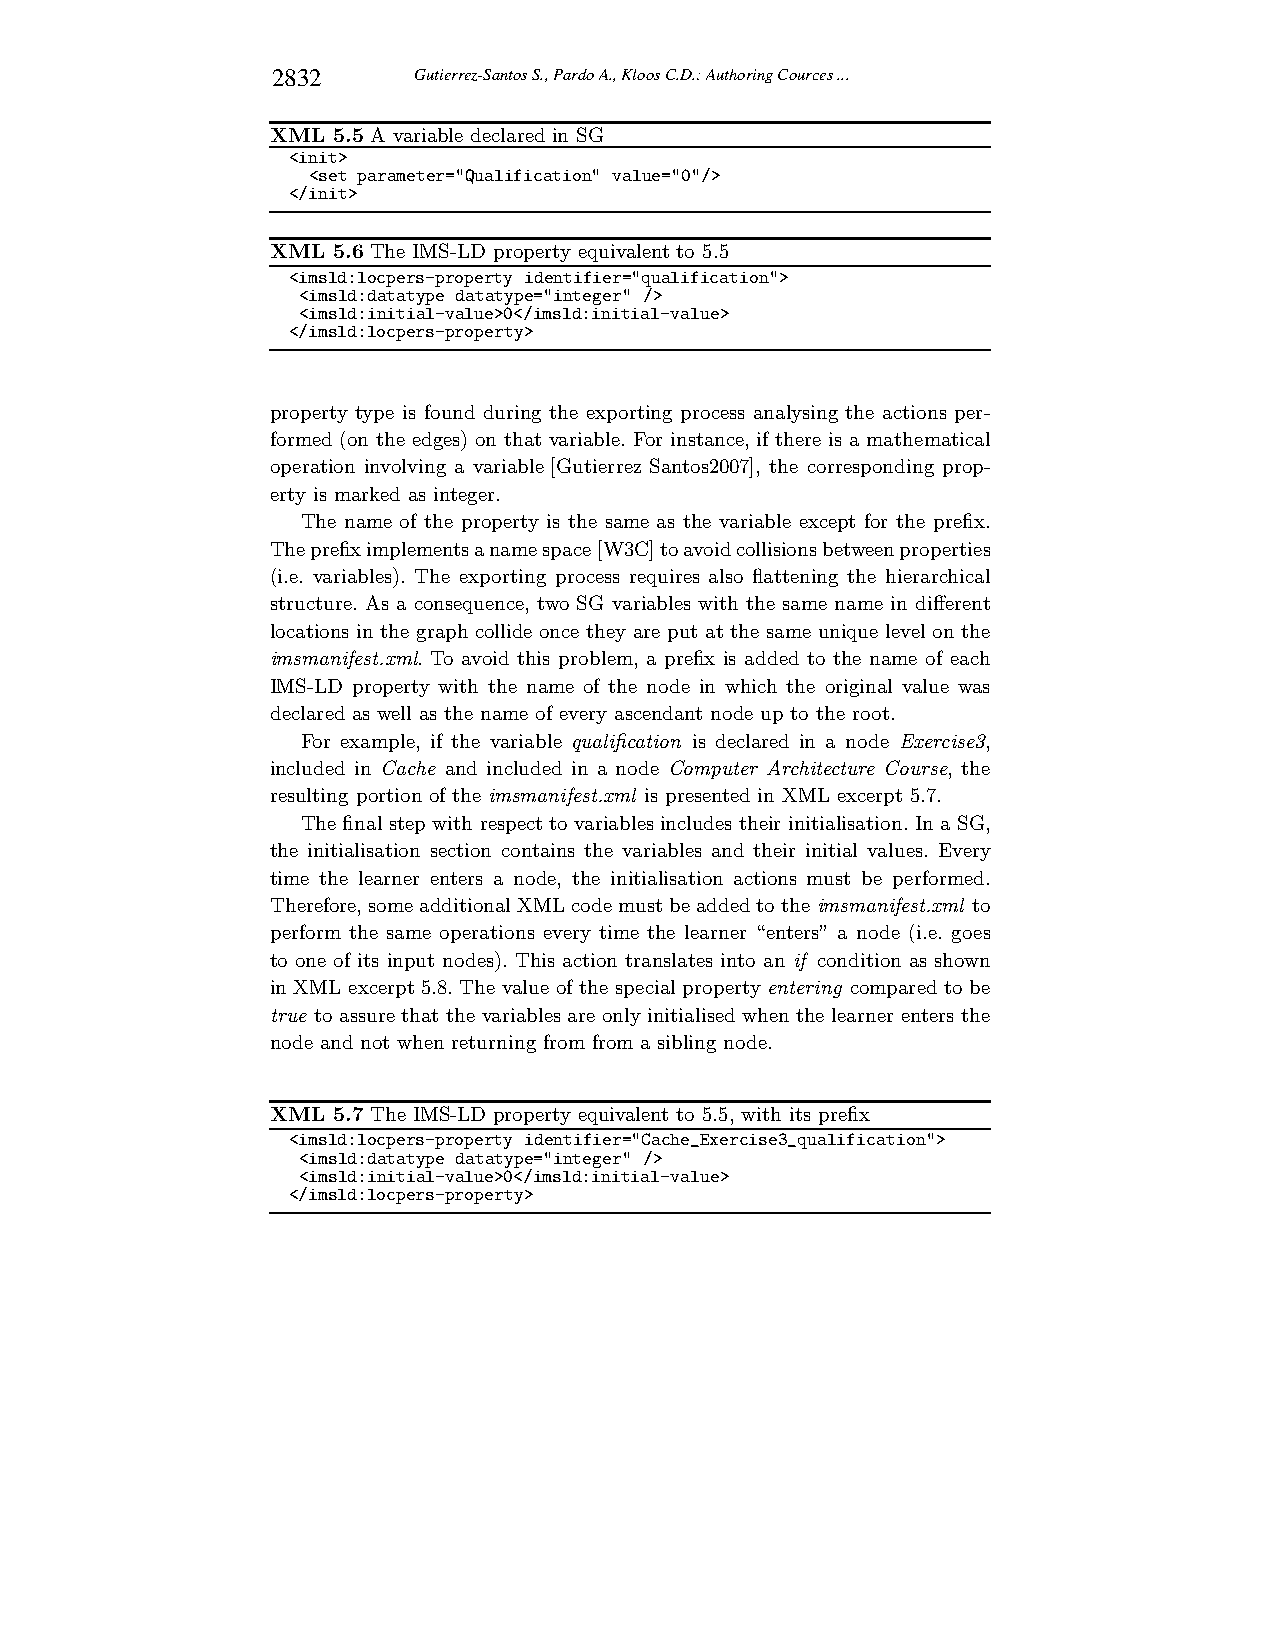
2832     Gutierrez-Santos S., Pardo A., Kloos C.D.: Authoring Cources ...
 XML 5.5 A variable declared in SG
 <init>
 <set parameter="Qualification" value="0"/>
 </init>
 XML 5.6 The IMS-LD property equivalent to 5.5
 <imsld:locpers-property identifier="qualification">
 <imsld:datatype datatype="integer" />
 <imsld:initial-value>0</imsld:initial-value>
 </imsld:locpers-property>
 property type is found during the exporting process analysing the actions per-
 formed (on the edges) on that variable. For instance, if there is a mathematical
 operation involving a variable[Gutierrez Santos2007], the corresponding prop-
 erty is marked as integer.
 The name of the property is the same as the variable except for the prefix.
 Theprefiximplementsanamespace[W3C]toavoidcollisionsbetweenproperties
 (i.e. variables). The exporting process requires also flattening the hierarchical
 structure. As a consequence, two SG variables with the same name in different
 locations in the graph collide once they are put at the same unique level on the
 imsmanifest.xml. To avoid this problem, a prefix is added to the name of each
 IMS-LD property with the name of the node in which the original value was
 declared as well as the name of every ascendant node up to the root.
 For example, if the variable qualification is declared in a node Exercise3,
 included in Cache and included in a node Computer Architecture Course, the
 resulting portion of the imsmanifest.xml is presented in XML excerpt5.7.
 The finalstep with respectto variables includes their initialisation.In a SG,
 the initialisation section contains the variables and their initial values. Every
 time the learner enters a node, the initialisation actions must be performed.
 Therefore,some additionalXML codemustbe addedto theimsmanifest.xml to
 perform the same operations every time the learner “enters” a node (i.e. goes
 to one of its input nodes). This action translates into an if condition as shown
 in XML excerpt5.8. The value of the special property entering compared to be
 true to assure that the variables are only initialised when the learner enters the
 node and not when returning from from a sibling node.
 XML 5.7 The IMS-LD property equivalent to 5.5, with its prefix
 <imsld:locpers-property identifier="Cache_Exercise3_qualification">
 <imsld:datatype datatype="integer" />
 <imsld:initial-value>0</imsld:initial-value>
 </imsld:locpers-property>